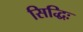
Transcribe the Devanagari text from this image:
सिद्धिः